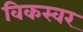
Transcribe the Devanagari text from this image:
विकस्वर